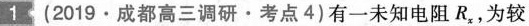
1(2019·成都高三调研·考点4)有一未知电阻R_{x}，为较